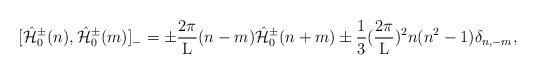
LaTeX: \begin{align*}[\hat{\cal H}_{0}^{\pm}(n), \hat{\cal H}_{0}^{\pm}(m)]_{-} =\pm \frac{2\pi}{\rm L} (n-m) \hat{\cal H}_{0}^{\pm}(n+m)\pm \frac{1}{3} (\frac{2\pi}{\rm L})^2 n(n^2-1) \delta_{n,-m}, \\\end{align*}